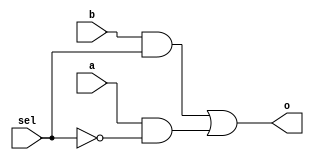
// Copyright (C) 1991-2013 Altera Corporation
// Your use of Altera Corporation's design tools, logic functions 
// and other software and tools, and its AMPP partner logic 
// functions, and any output files from any of the foregoing 
// (including device programming or simulation files), and any 
// associated documentation or information are expressly subject 
// to the terms and conditions of the Altera Program License 
// Subscription Agreement, Altera MegaCore Function License 
// Agreement, or other applicable license agreement, including, 
// without limitation, that your use is for the sole purpose of 
// programming logic devices manufactured by Altera and sold by 
// Altera or its authorized distributors.  Please refer to the 
// applicable agreement for further details.

// PROGRAM		"Quartus II 64-Bit"
// VERSION		"Version 13.0.1 Build 232 06/12/2013 Service Pack 1 SJ Web Edition"
// CREATED		"Sat Mar 06 18:45:19 2021"

module MUX_2t1(
	sel,
	a,
	b,
	o
);


input wire	sel;
input wire	a;
input wire	b;
output wire	o;

wire	SYNTHESIZED_WIRE_5;
wire	SYNTHESIZED_WIRE_1;
wire	SYNTHESIZED_WIRE_2;
wire	SYNTHESIZED_WIRE_4;




assign	SYNTHESIZED_WIRE_2 = a & SYNTHESIZED_WIRE_5;

assign	o = SYNTHESIZED_WIRE_1 | SYNTHESIZED_WIRE_2;

assign	SYNTHESIZED_WIRE_5 =  ~sel;

assign	SYNTHESIZED_WIRE_4 =  ~SYNTHESIZED_WIRE_5;

assign	SYNTHESIZED_WIRE_1 = b & SYNTHESIZED_WIRE_4;


endmodule